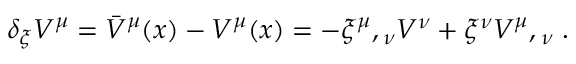
\delta _ { \xi } V ^ { \mu } = { \bar { V } } ^ { \mu } ( x ) - V ^ { \mu } ( x ) = - { \xi ^ { \mu } } , { } _ { \nu } V ^ { \nu } + \xi ^ { \nu } { V ^ { \mu } } , { } _ { \nu } \; .